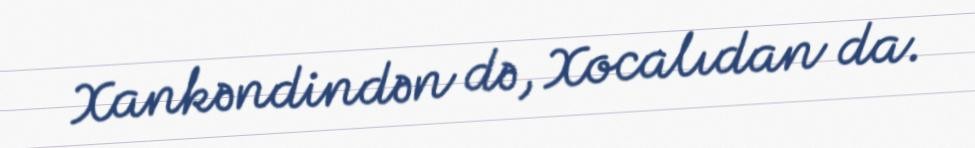
Xankəndindən də, Xocalıdan da.